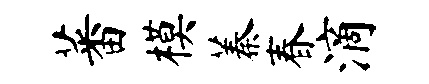
蕃模蓁春滴